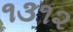
૧૩૧૨